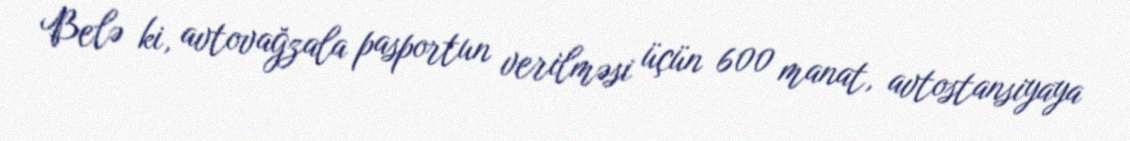
Belə ki, avtovağzala pasportun verilməsi üçün 600 manat, avtostansiyaya